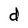
Character: d